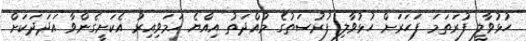
ހުޅުވާލީ ފުރަތަމަ ފަހަރަށް ހުޅުވާލި ފުރުސަތުގެ މުއްދަތު އިއްޔެ ހަމަވިއިރު އެކަށީގެންވާ އަދަދަކަށް